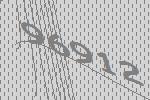
96912